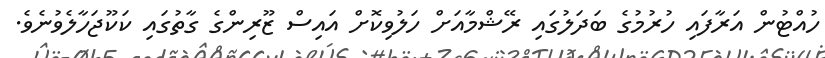
ހުއްޓުން އަރާފައި ހުރުމުގެ ބަދަލުގައި ރޭޝްމާއަށް ހަލުވިކޮށް އައިސް ޒޫރިންގެ ގާތުގައި ކަކޫޖަހާލެވުނެވެ.